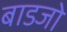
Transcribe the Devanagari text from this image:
बाडजो